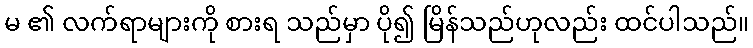
မ ၏ လက်ရာများကို စားရ သည်မှာ ပို၍ မြိန်သည်ဟုလည်း ထင်ပါသည်။